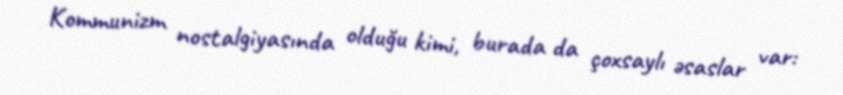
Kommunizm nostalgiyasında olduğu kimi, burada da çoxsaylı əsaslar var: